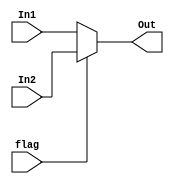
`timescale 1ns / 1ps
//////////////////////////////////////////////////////////////////////////////////
// Company: 
// Engineer: 
// 
// Design Name: 
// Module Name: Mux_2
// Project Name: 
// Target Devices: 
// Tool Versions: 
// Description: 
// 
// Dependencies: 
// 
// Revision:
// Revision 0.01 - File Created
// Additional Comments:
// 
//////////////////////////////////////////////////////////////////////////////////


module Mux_2(
        input [4:0] In1,
        input [4:0] In2,
        input flag,
        
        output [4:0] Out
    );
    
    assign Out = flag == 1 ? In2 : In1;
endmodule